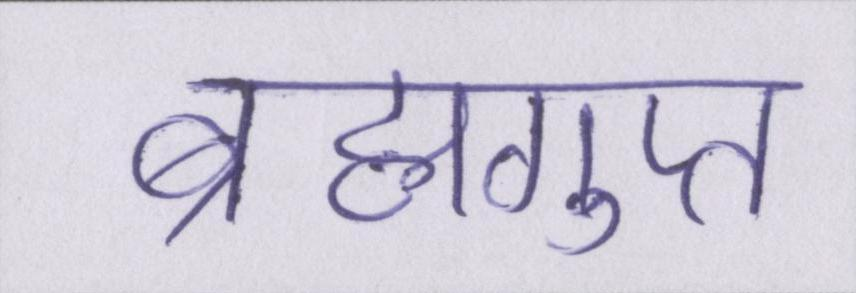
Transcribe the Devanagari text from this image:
ब्रह्मगुप्त